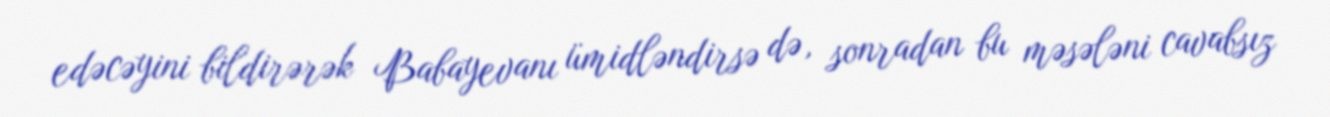
edəcəyini bildirərək Babayevanı ümidləndirsə də, sonradan bu məsələni cavabsız